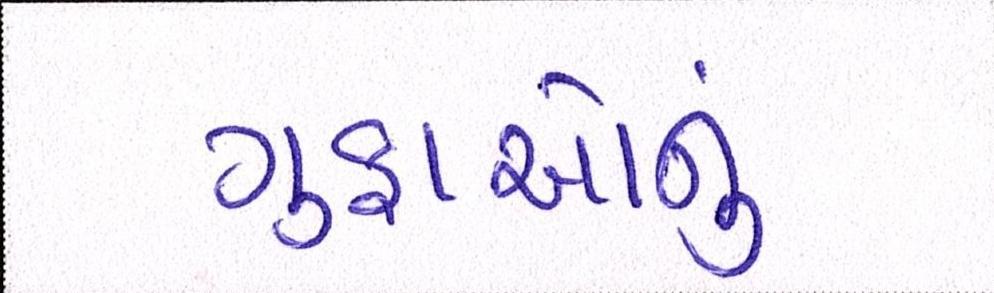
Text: ગુફાઓનું